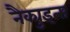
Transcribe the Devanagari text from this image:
नैक्युइत्स